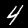
Digit: 4